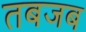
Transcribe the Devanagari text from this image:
तबजब